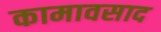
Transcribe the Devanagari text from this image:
कामावसाद